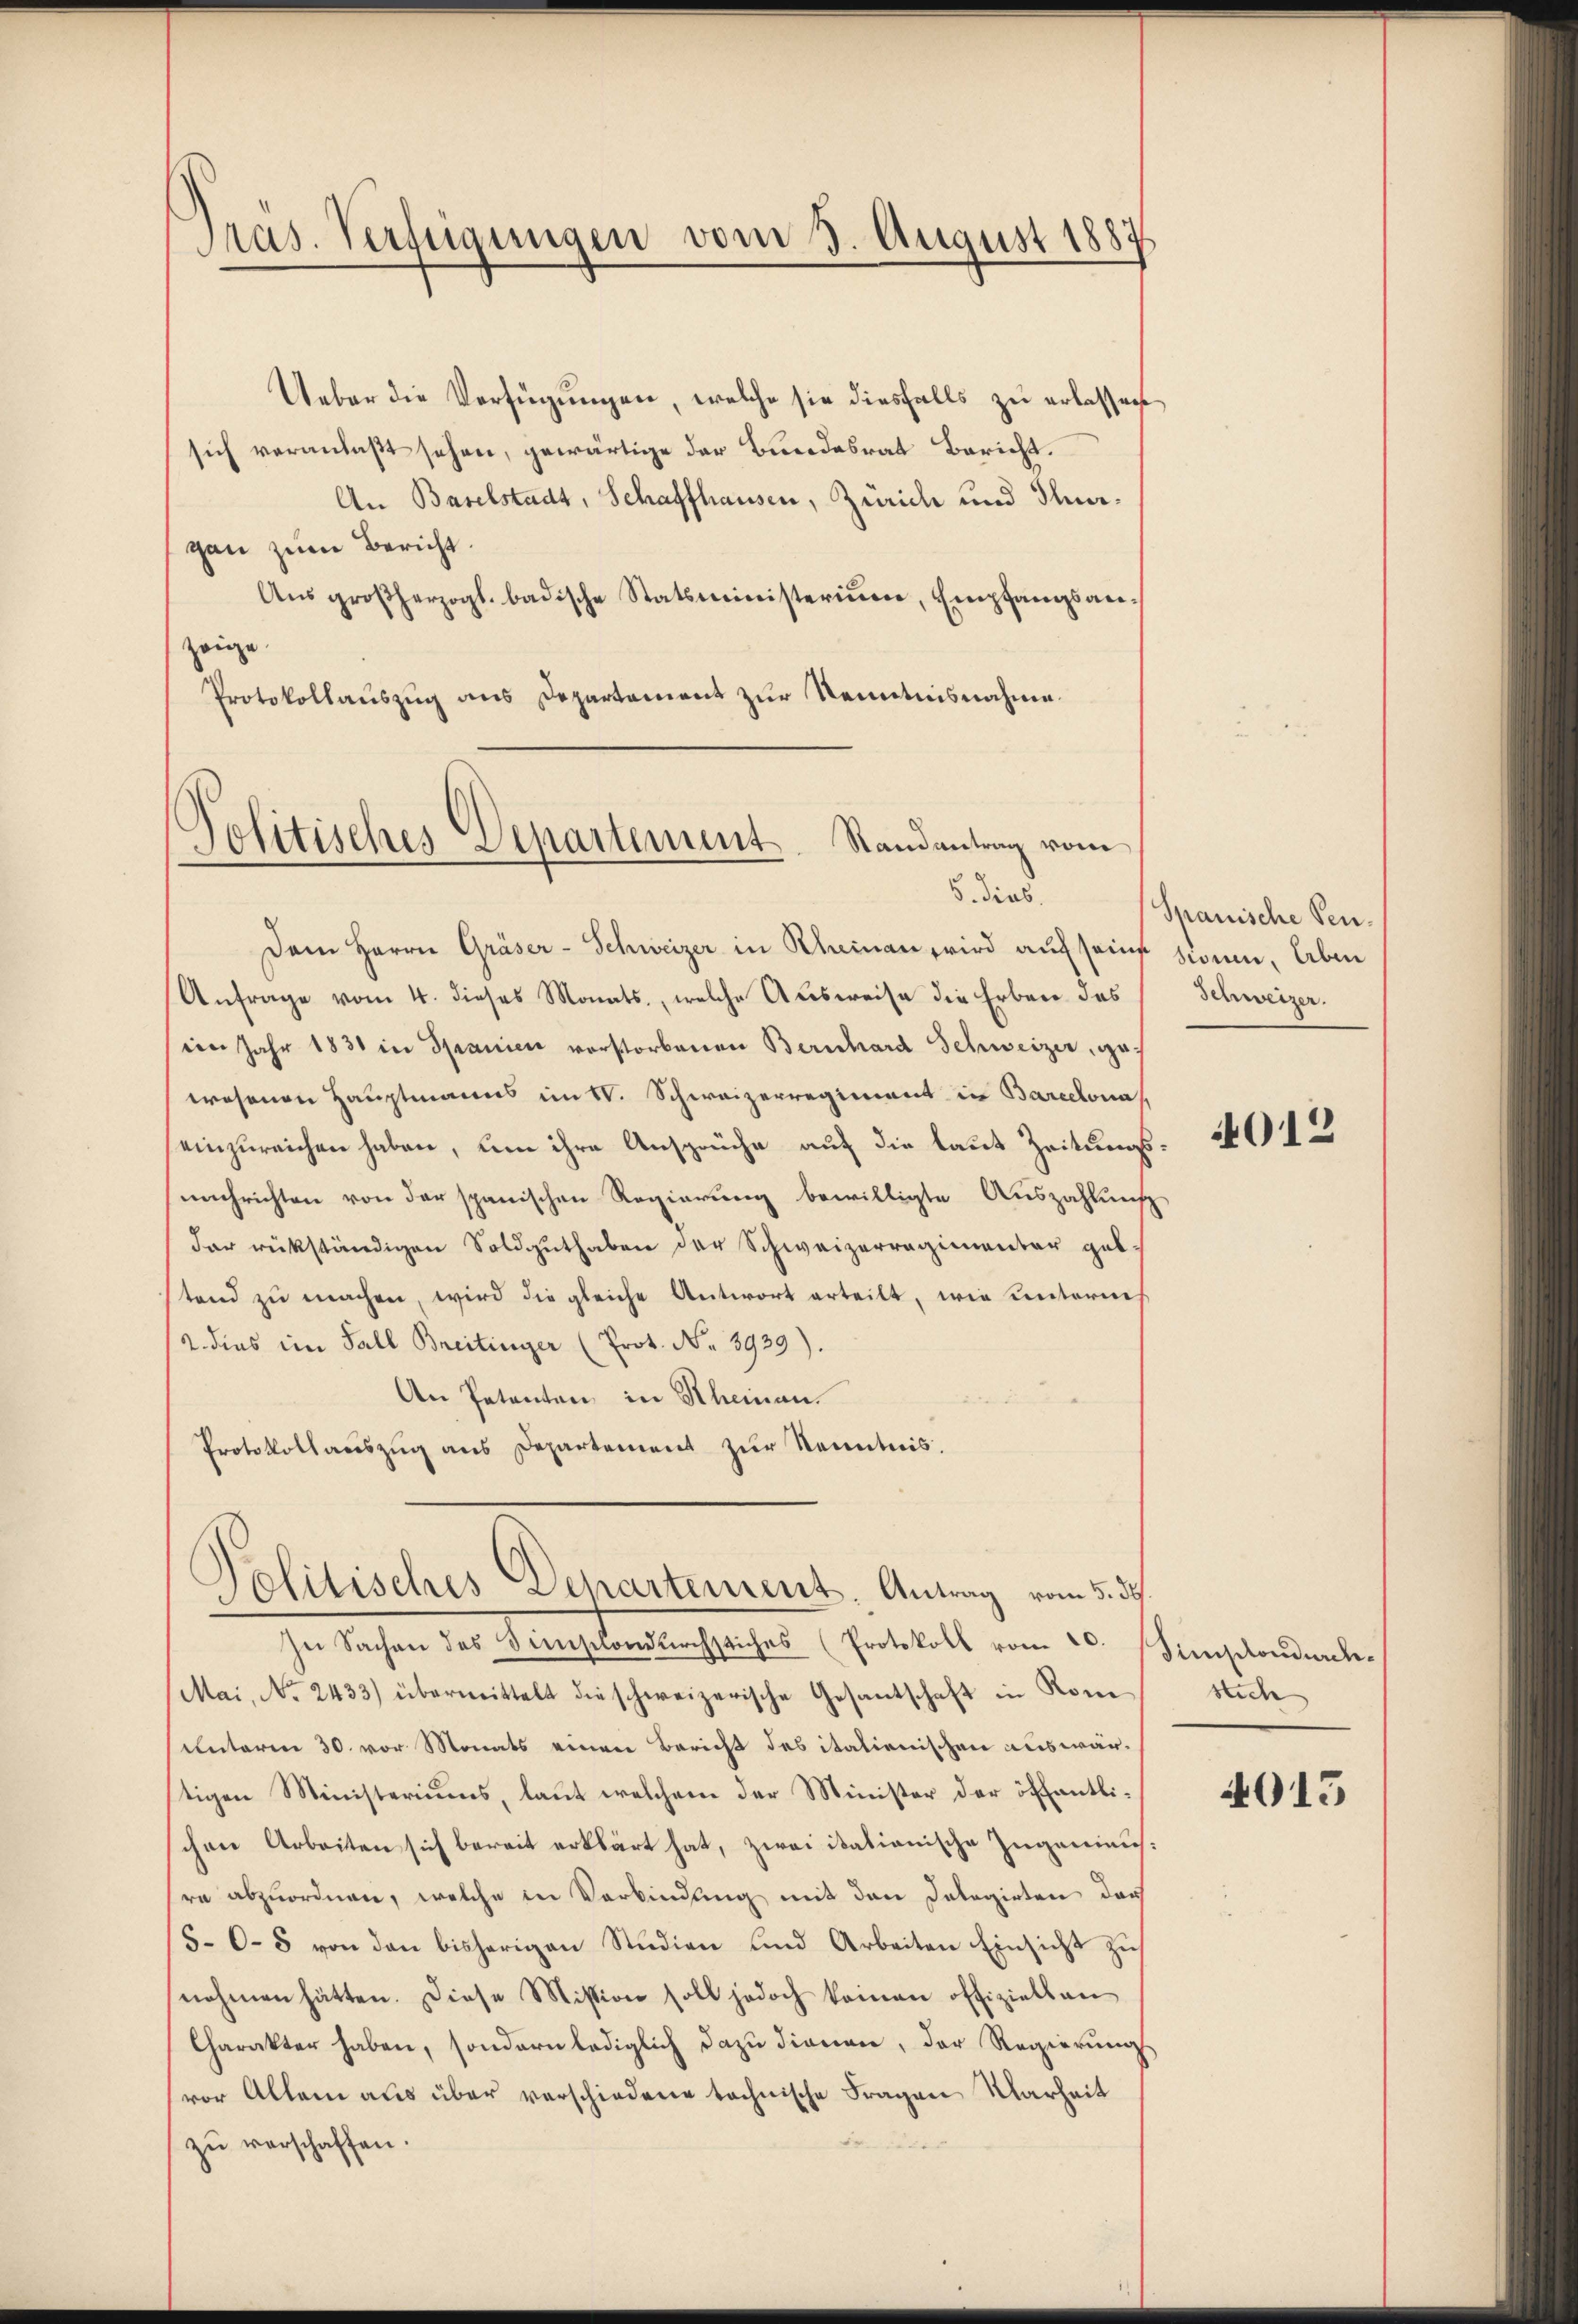
Pras. Verfügungen vom 3. August 188

Ueber die Verfügungen, welche sie diesfalls zu erlassen
sich veranlaβt sehen, gewärtige der Bundesrat Bericht.
An Baselstadt, Schaffhausen, Zürich und Hergan zum Bericht.
Aŭs großherzogl. badische Statsministerium, Empfangsanzeige.
Protokollauszug aus Departement zur Kenntnisnahme.

Politisches Departement. Randantrag vom
5 dies

Dem Herrn Gräser-Schweizer in Rheinau wird auf seine sonen, leben
Anfrage vom 4. dieses Monats, welche Ausweise die Erben das
im Jahr 1831 in Spanien verstorbenen Bernhard Schweizer, ge-
eesenen Hauptmanns im V. Schweizerregiment in Barcelona
einzureichen haben, um ihre Ansprüche auf die laut Zeitungsnachrichten von der spanischen Regierung bewilligte Auszahlung
der rükständigen Soldguthaben der Schweizerregimenter geb
stand zŭ machen, wird die gleiche Antwort erteilt, wie unterneh
2. dies im Fall Breitinger (Prot. No. 3939).
An Petenten in Rheinau
Protokollauszug aus Departement zur Kenntnis.

Politisches Departement. Antrag vom 5. ds.

In Sachen des Simschondŭrchstiches (Protokoll vom 20. Sinsonder-
Mai, No. 2433) übermittelt die schweizerische Gesantschaft in Konunterm 30. vor Monats einen Bericht des italienischen auswärtigen Ministeriums, laut welchem der Minister der öffentlichen Arbeiten sich bereit erklärt hat, zwei itationische Zuganiausre abzuordnen, welche in Verbindung mit den Delegirten darf
/50-8 von den bisherigen Studien und Arbeiten Einsicht zu
nehmen hätten. Diese Mission soll jedoch keinen offiziellan
Charakter haben, sondern lediglich dazu dienen, der Regierungs
vor Allem aus über verschiedene technische Fragen Klarheit
s
zŭ verschaffen.

Spanische Pen¬
Schweizer.

4012

stich

4015